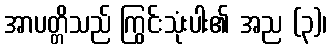
အာပတ္တိသည် ကြွင်းသုံးပါး၏ အည (၃)၊